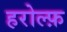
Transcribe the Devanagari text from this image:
हरोल्फ़